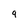
Character: 9